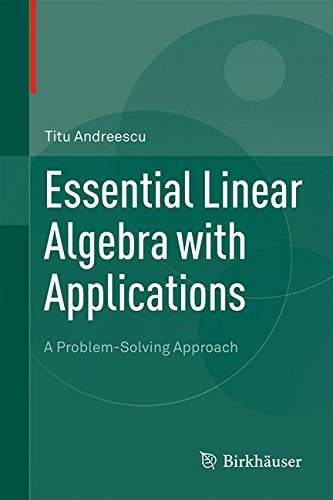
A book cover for Essential Linear Algebra with Applications: A Problem-Solving Approach; Titu Andreescu; Science & Math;